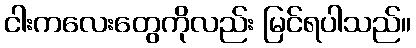
ငါးကလေးတွေကိုလည်း မြင်ရပါသည်။